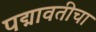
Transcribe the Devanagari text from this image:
पद्मावतीचा